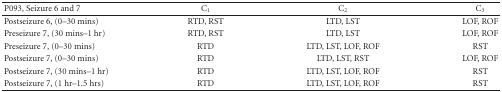
<table><thead><tr><td><b>P093, Seizure 6 and 7</b></td><td><b>C<sub>1</sub></b></td><td><b>C<sub>2</sub></b></td><td><b>C<sub>3</sub></b></td></tr></thead><tbody><tr><td>Postseizure 6, (0–30 mins)</td><td>RTD, RST</td><td>LTD, LST</td><td>LOF, ROF</td></tr><tr><td>Preseizure 7, (30 mins–1 hr)</td><td>RTD, RST</td><td>LTD, LST</td><td>LOF, ROF</td></tr><tr><td>Preseizure 7, (0–30 mins)</td><td>RTD</td><td>LTD, LST, LOF, ROF</td><td>RST</td></tr><tr><td>Postseizure 7, (0–30 mins)</td><td>RTD</td><td>LTD, LST, RST</td><td>LOF, ROF</td></tr><tr><td>Postseizure 7, (30 mins–1 hr)</td><td>RTD</td><td>LTD, LST, LOF, ROF</td><td>RST</td></tr><tr><td>Postseizure 7, (1 hr–1.5 hrs)</td><td>RTD</td><td>LTD, LST, LOF, ROF</td><td>RST</td></tr></tbody></table>